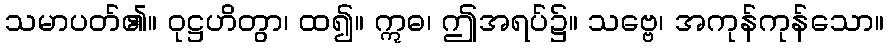
သမာပတ်၏။ ဝုဋ္ဌဟိတွာ၊ ထ၍။ ဣဓ၊ ဤအရပ်၌။ သဗ္ဗေ၊ အကုန်ကုန်သော။